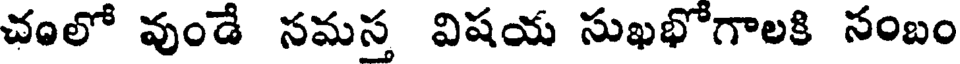
చంలో వుండే సమస్త విషయ సుఖభోగాలకి సంబం